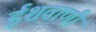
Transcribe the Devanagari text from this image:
ईशवाणी